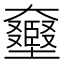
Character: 𡚛